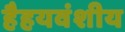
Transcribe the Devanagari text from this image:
हैहयवंशीय